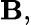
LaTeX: \mathbf{B},